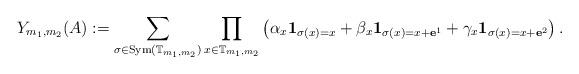
LaTeX: \begin{align*} Y_{m_1,m_2}(A) := \sum_{ \sigma \in \mathrm{Sym}(\mathbb{T}_{m_1,m_2}) } \prod_{x \in \mathbb{T}_{m_1,m_2}}\left( \alpha_x \mathbf{1}_{\sigma(x) = x} + \beta_x \mathbf{1}_{ \sigma(x) = x + \mathbf{e}^1 } + \gamma_x \mathbf{1}_{ \sigma(x) = x + \mathbf{e}^2 } \right).\end{align*}